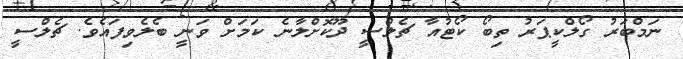
ނަމްބަރު ގޯލްކީޕަރު ތިބޯ ކޯޓުއާ ޗެލްސީ ދޫކޮށްލާނެ ކަމަށް ވަނީ ބެލެވިފައެވެ. ޗެލްސީ